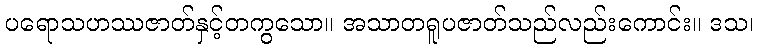
ပရောသဟဿဇာတ်နှင့်တကွသော။ အသာတရူပဇာတ်သည်လည်းကောင်း။ ဒသ၊